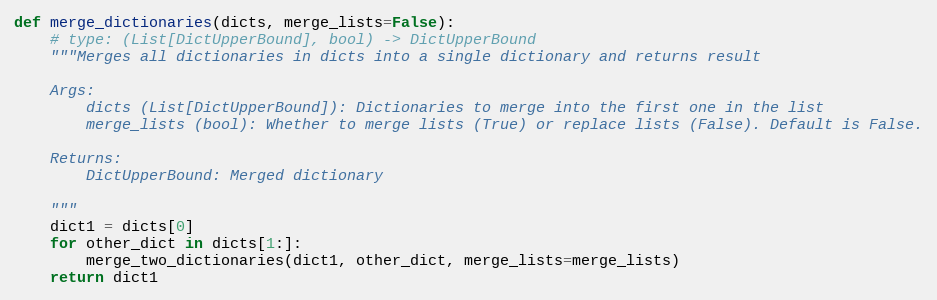
Language: Python
def merge_dictionaries(dicts, merge_lists=False):
    # type: (List[DictUpperBound], bool) -> DictUpperBound
    """Merges all dictionaries in dicts into a single dictionary and returns result

    Args:
        dicts (List[DictUpperBound]): Dictionaries to merge into the first one in the list
        merge_lists (bool): Whether to merge lists (True) or replace lists (False). Default is False.

    Returns:
        DictUpperBound: Merged dictionary

    """
    dict1 = dicts[0]
    for other_dict in dicts[1:]:
        merge_two_dictionaries(dict1, other_dict, merge_lists=merge_lists)
    return dict1